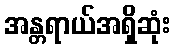
အန္တရာယ်အရှိဆုံး